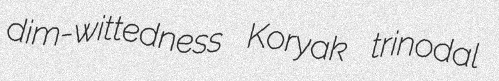
dim-wittedness Koryak trinodal